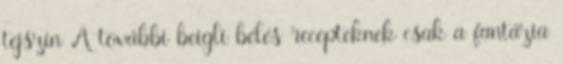
tejszín A további beigli bélés recepteknek csak a fantázia